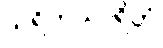
သရိတသာရိတံ